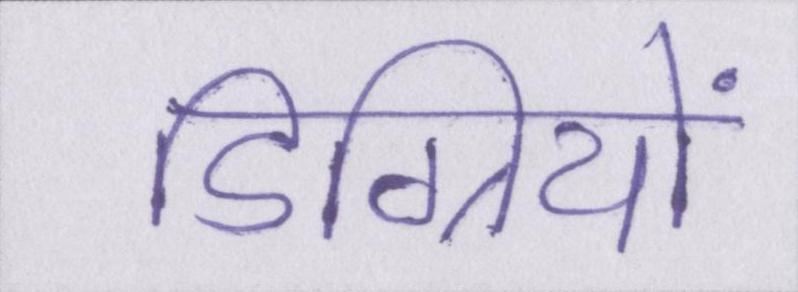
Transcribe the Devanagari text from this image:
डिग्रियों